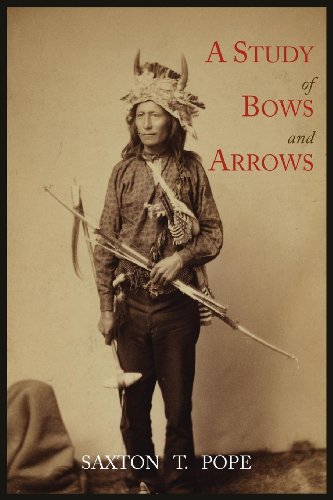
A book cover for A Study of Bows and Arrows; Saxton T. Pope; Sports & Outdoors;